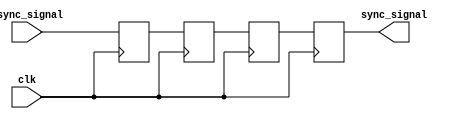
module triple_ff_synchronizer (
    input  wire        clk,          // Clock signal of the target synchronous domain
    input  wire        async_signal,  // Asynchronous input signal to be synchronized
    output reg         sync_signal    // Synchronized output signal
);

// Internal flip-flop signals
reg ff1, ff2, ff3;

// Synchronous process to capture the asynchronous signal
always @(posedge clk) begin
    // Capture the async signal in FF1
    ff1 <= async_signal;  
    // Capture the output of FF1 in FF2
    ff2 <= ff1;           
    // Capture the output of FF2 in FF3
    ff3 <= ff2;           
end

// Assign the final synchronized signal
always @(posedge clk) begin
    sync_signal <= ff3;   // Output the final synchronized signal
end

endmodule